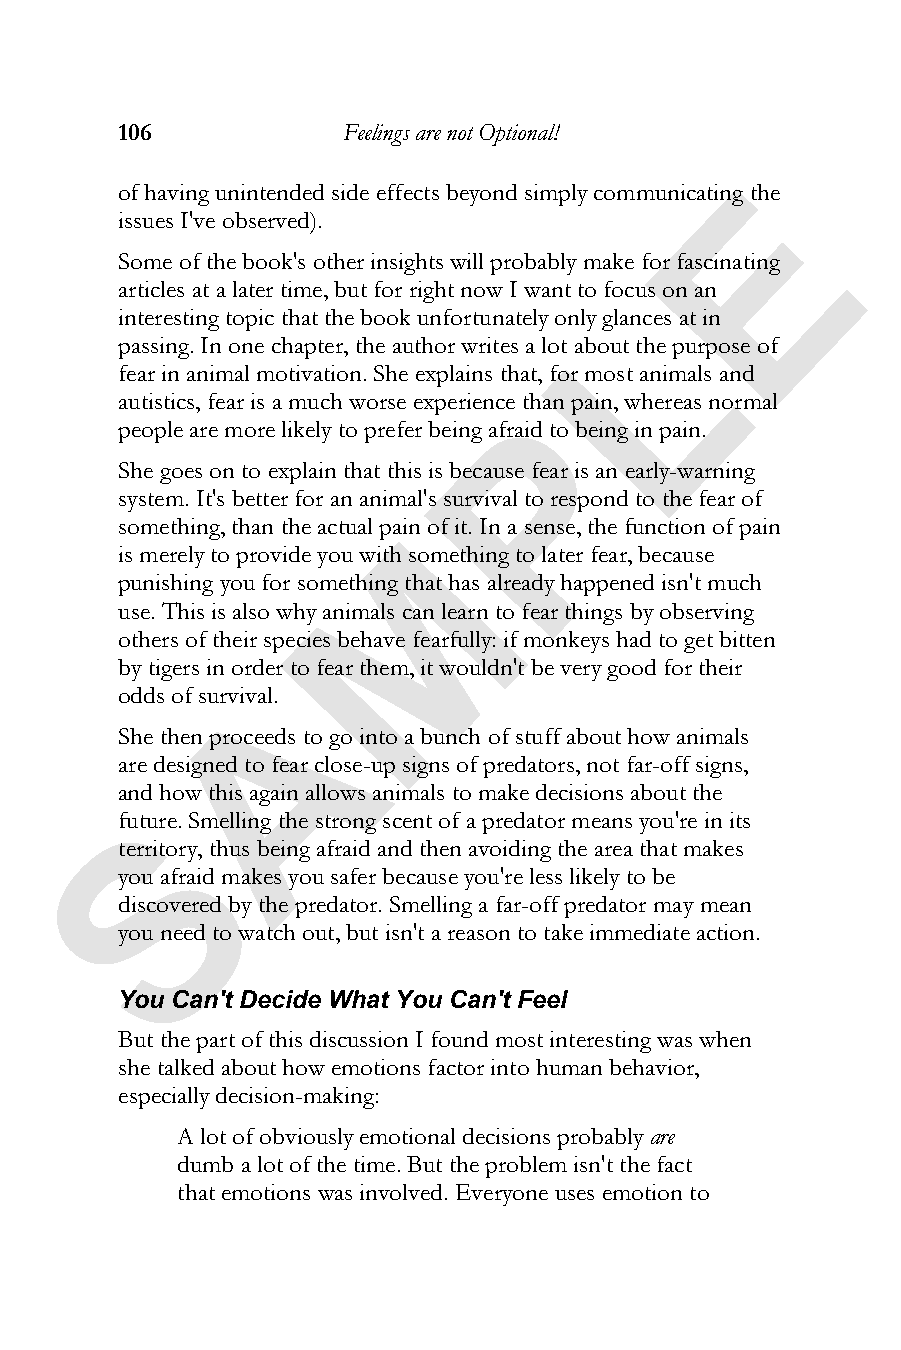
106            Feelings are not Optional!
 E
 of having unintended side effects beyond simply communicating the
 issues I've observed).
 Some of the book's other insights will probably make for fascinating
 articles at a later time, but for right now I want to focus on an
 L
 interesting topic that the book unfortunately only glances at in
 passing. In one chapter, the author writes a lot about the purpose of
 fear in animal motivation. She explains that, for most animals and
 autistics, fear is a much worse experienceP than pain, whereas normal
 people are more likely to prefer being afraid to being in pain.
 She goes on to explain that this is because fear is an early-warning
 system. It's better for an animal's survival to respond to the fear of
 something, than the actual paMin of it. In a sense, the function of pain
 is merely to provide you with something to later fear, because
 punishing you for something that has already happened isn't much
 use. This is also why animals can learn to fear things by observing
 others of their species behave fearfully: if monkeys had to get bitten
 by tigers in order to fear them, it wouldn't be very good for their
 A
 odds of survival.
 She then proceeds to go into a bunch of stuff about how animals
 are designed to fear close-up signs of predators, not far-off signs,
 and how this again allows animals to make decisions about the
 S
 future. Smelling the strong scent of a predator means you're in its
 territory, thus being afraid and then avoiding the area that makes
 you afraid makes you safer because you're less likely to be
 discovered by the predator. Smelling a far-off predator may mean
 you need to watch out, but isn't a reason to take immediate action.
 You Can't Decide What You Can't Feel
 But the part of this discussion I found most interesting was when
 she talked about how emotions factor into human behavior,
 especially decision-making:
 A lot of obviously emotional decisions probablyare
 dumb a lot of the time. But the problem isn't the fact
 that emotions was involved. Everyone uses emotion to